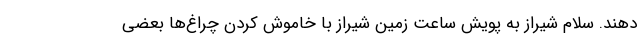
دهند. سلام شیراز به پویش ساعت زمین شیراز با خاموش کردن چراغ‌ها بعضی